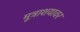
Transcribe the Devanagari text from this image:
मूत्राशयावर